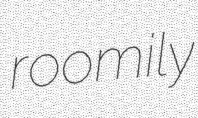
roomily